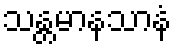
သန္တမာနသာနံ